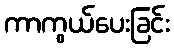
ကာကွယ်ပေးခြင်း